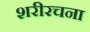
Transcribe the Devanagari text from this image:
शरीरचना